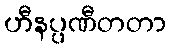
ဟီနပ္ပဏီတတာ